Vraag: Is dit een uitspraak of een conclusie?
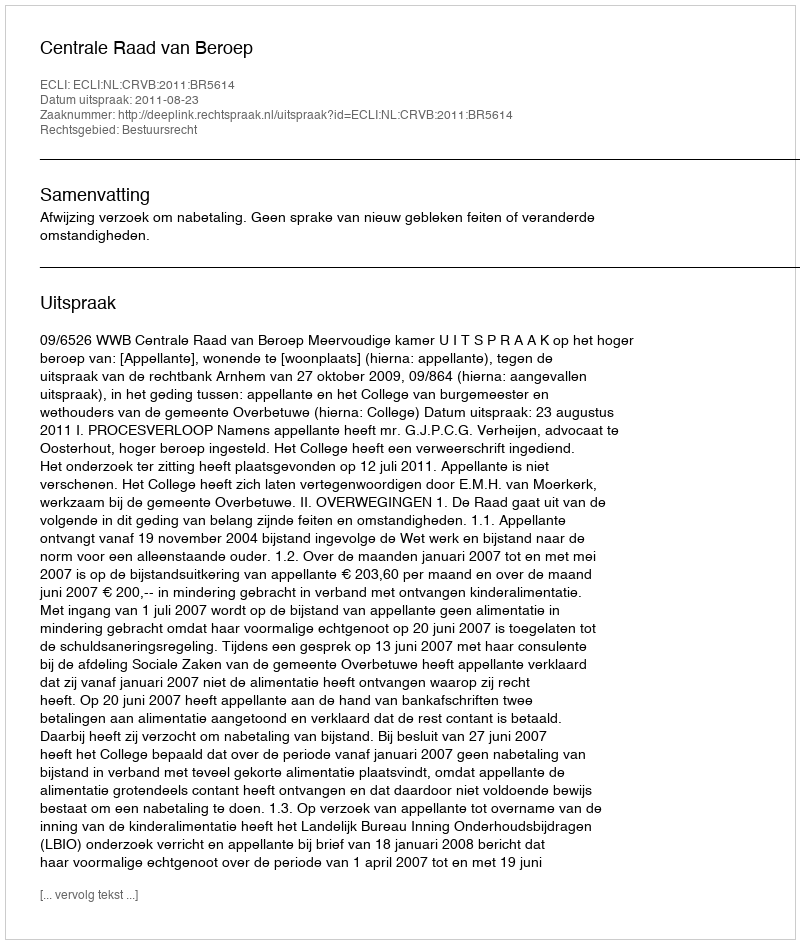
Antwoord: Uitspraak